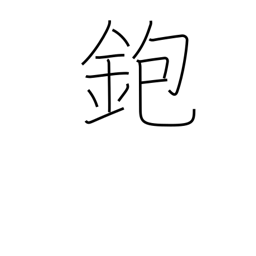
Meaning: carpenter's plane